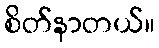
စိတ်နာတယ်။